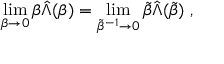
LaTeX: \operatorname * { l i m } _ { \beta \rightarrow 0 } \beta \hat { \Lambda } ( \beta ) = \operatorname * { l i m } _ { \tilde { \beta } ^ { - 1 } \rightarrow 0 } \tilde { \beta } \hat { \Lambda } ( \tilde { \beta } ) \; ,